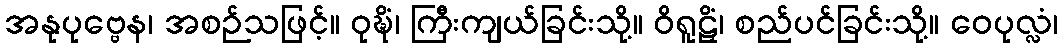
အနုပုဗ္ဗေန၊ အစဉ်သဖြင့်။ ဝုဍ္ဎိံ၊ ကြီးကျယ်ခြင်းသို့။ ဝိရူဠှိံ၊ စည်ပင်ခြင်းသို့။ ဝေပုလ္လံ၊